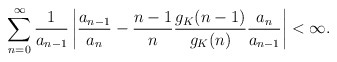
\begin{align*} \sum_{n=0}^\infty \frac{1}{a_{n-1}} \left| \frac{a_{n-1}}{a_n} - \frac{n-1}{n} \frac{g_K(n-1)}{g_K(n)} \frac{a_n}{a_{n-1}} \right| < \infty.\end{align*}